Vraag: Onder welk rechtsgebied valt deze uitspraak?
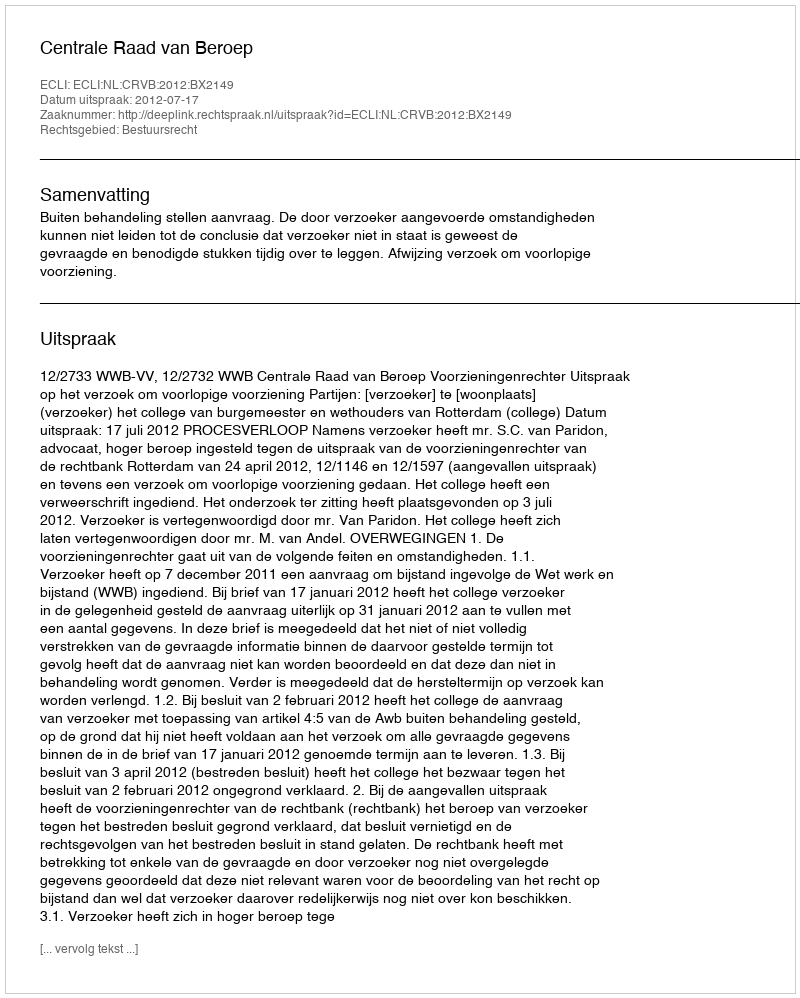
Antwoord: Bestuursrecht